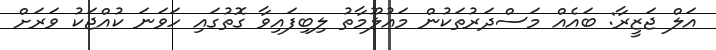
އަލް ޖަޒީރާ: ބައެއް މަސްދަރުތަކުން މައުލޫމާތު ލިބިފައިވާ ގޮތުގައި ހަވަނަ ކުއްޖަކު ވަރަށް